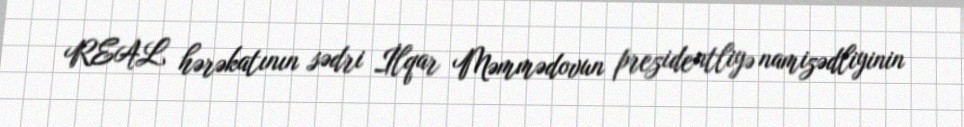
REAL hərəkatının sədri İlqar Məmmədovun prezidentliyə namizədliyinin